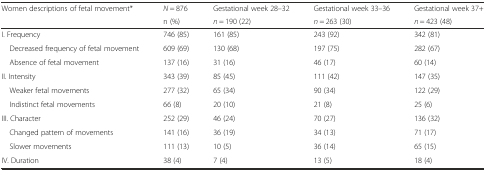
<table><thead><tr><td><b>Women descriptions of fetal movement* </b></td><td><b><i>N</i> = 876</b></td><td><b>Gestational week 28–32</b></td><td><b>Gestational week 33–36</b></td><td><b>Gestational week 37+</b></td></tr><tr><td></td><td><b>n (%)</b></td><td><b><i>n</i> = 190 (22)</b></td><td><b><i>n</i> = 263 (30)</b></td><td><b><i>n</i> = 423 (48)</b></td></tr></thead><tbody><tr><td>I. Frequency</td><td>746 (85)</td><td>161 (85)</td><td>243 (92)</td><td>342 (81)</td></tr><tr><td> Decreased frequency of fetal movement</td><td>609 (69)</td><td>130 (68)</td><td>197 (75)</td><td>282 (67)</td></tr><tr><td> Absence of fetal movement</td><td>137 (16)</td><td>31 (16)</td><td>46 (17)</td><td>60 (14)</td></tr><tr><td>II. Intensity</td><td>343 (39)</td><td>85 (45)</td><td>111 (42)</td><td>147 (35)</td></tr><tr><td> Weaker fetal movements</td><td>277 (32)</td><td>65 (34)</td><td>90 (34)</td><td>122 (29)</td></tr><tr><td> Indistinct fetal movements</td><td>66 (8)</td><td>20 (10)</td><td>21 (8)</td><td>25 (6)</td></tr><tr><td>III. Character</td><td>252 (29)</td><td>46 (24)</td><td>70 (27)</td><td>136 (32)</td></tr><tr><td> Changed pattern of movements</td><td>141 (16)</td><td>36 (19)</td><td>34 (13)</td><td>71 (17)</td></tr><tr><td> Slower movements</td><td>111 (13)</td><td>10 (5)</td><td>36 (14)</td><td>65 (15)</td></tr><tr><td>IV. Duration</td><td>38 (4)</td><td>7 (4)</td><td>13 (5)</td><td>18 (4)</td></tr></tbody></table>